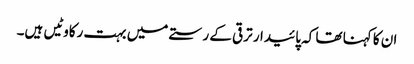
ان کا کہنا تھا کہ پائیدار ترقی کے رستے میں بہت رکاوٹیں ہیں۔